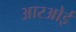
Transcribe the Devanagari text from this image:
आरओई